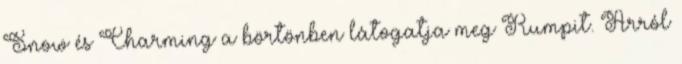
Snow és Charming a börtönben látogatja meg Rumpit. Arról